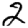
Digit: 2